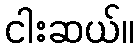
ငါးဆယ်။